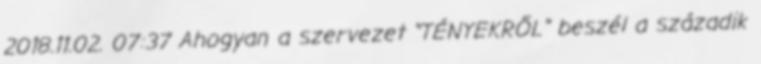
2018.11.02. 07:37 Ahogyan a szervezet "TÉNYEKRŐL" beszél a századik